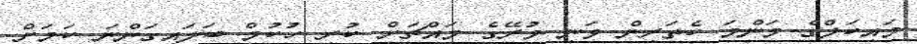
މައިކަލްގެ މަންމަ ކެތަރިން ވަނީ މުރޭގެ މައްޗަށް ކުރި ހުކުމް ބަލައިގަންނަ ކަމަށް